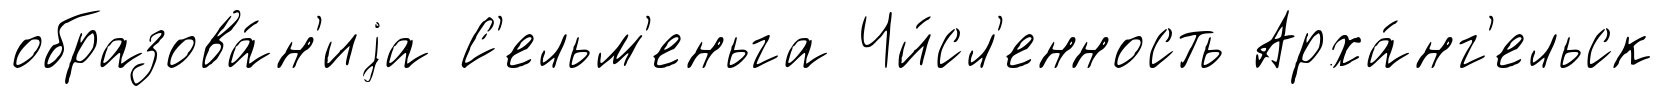
образова́н'иjа С'ельм'еньга Чи́сл'енность Арха́нг'ельск